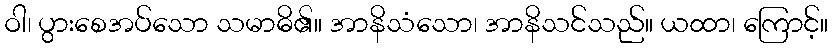
ဝါ၊ ပွားစေအပ်သော သမာဓိ၏။ အာနိသံသော၊ အာနိသင်သည်။ ယထာ၊ ကြောင့်။